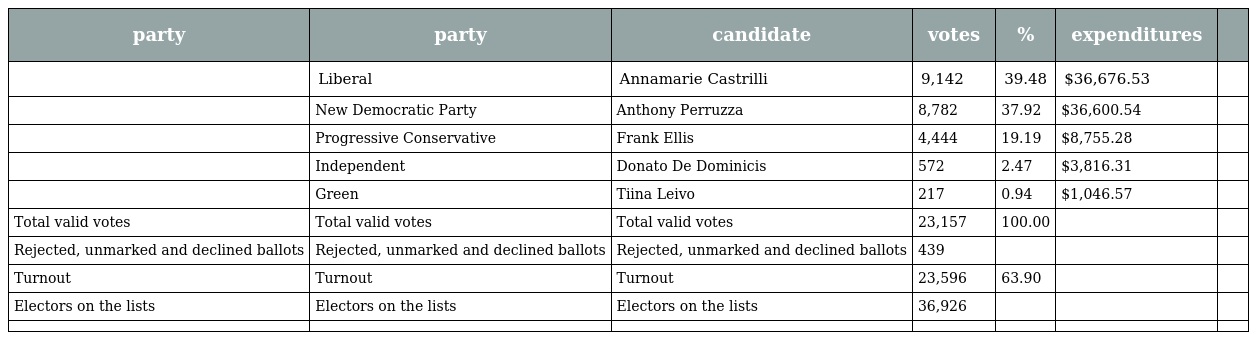
| party | party | candidate | votes | % | expenditures |  |
 | --- | --- | --- | --- | --- | --- | --- |
 |  | Liberal | Annamarie Castrilli | 9,142 | 39.48 | $36,676.53 |  |
 |  | New Democratic Party | Anthony Perruzza | 8,782 | 37.92 | $36,600.54 |  |
 |  | Progressive Conservative | Frank Ellis | 4,444 | 19.19 | $8,755.28 |  |
 |  | Independent | Donato De Dominicis | 572 | 2.47 | $3,816.31 |  |
 |  | Green | Tiina Leivo | 217 | 0.94 | $1,046.57 |  |
 | Total valid votes | Total valid votes | Total valid votes | 23,157 | 100.00 |  |  |
 | Rejected, unmarked and declined ballots | Rejected, unmarked and declined ballots | Rejected, unmarked and declined ballots | 439 |  |  |  |
 | Turnout | Turnout | Turnout | 23,596 | 63.90 |  |  |
 | Electors on the lists | Electors on the lists | Electors on the lists | 36,926 |  |  |  |
 |  |  |  |  |  |  |  |